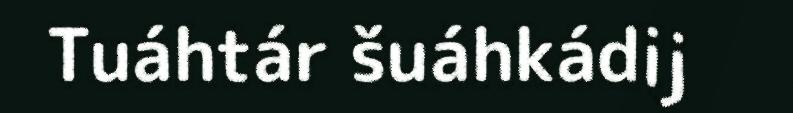
Tuáhtár šuáhkádij